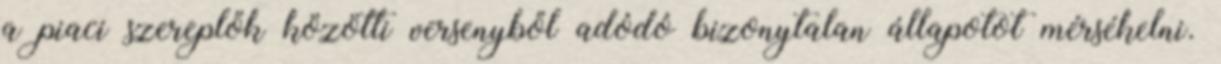
a piaci szereplők közötti versenyből adódó bizonytalan állapotot mérsékelni.